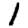
Digit: 1